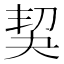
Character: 𠜵